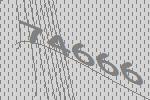
74666